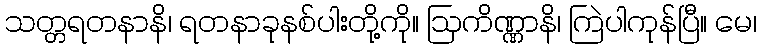
သတ္တရတနာနိ၊ ရတနာခုနစ်ပါးတို့ကို။ ဩကိဏ္ဏာနိ၊ ကြဲပါကုန်ပြီ။ မေ၊